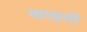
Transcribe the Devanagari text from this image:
काइयों